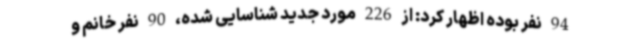
94 نفر بوده اظهار کرد: از 226 مورد جدید شناسایی شده، 90 نفر خانم و